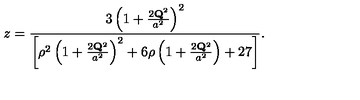
z = \frac { 3 \left( 1 + \frac { 2 { \bf Q } ^ { 2 } } { a ^ { 2 } } \right) ^ { 2 } } { \left[ \rho ^ { 2 } \left( 1 + \frac { 2 { \bf Q } ^ { 2 } } { a ^ { 2 } } \right) ^ { 2 } + 6 \rho \left( 1 + \frac { 2 { \bf Q } ^ { 2 } } { a ^ { 2 } } \right) + 2 7 \right] } .